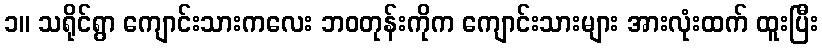
၁။ သရိုင်ရွာ ကျောင်းသားကလေး ဘဝတုန်းကိုက ကျောင်းသားများ အားလုံးထက် ထူးပြီး